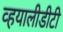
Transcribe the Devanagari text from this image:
व्हयालीडीटी